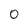
Character: O